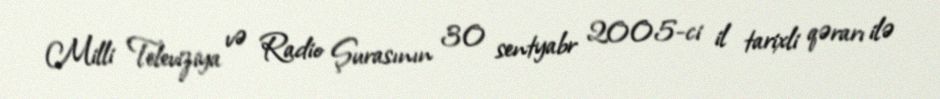
Milli Televiziya və Radio Şurasının 30 sentyabr 2005-ci il tarixli qərarı ilə